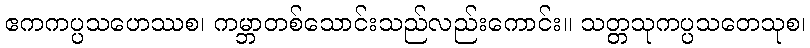
ဧကကပ္ပသဟေဿစ၊ ကမ္ဘာတစ်သောင်းသည်လည်းကောင်း။ သတ္တသုကပ္ပသတေသုစ၊